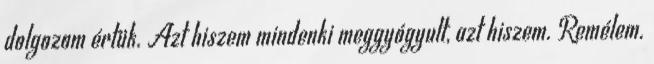
dolgozom értük. Azt hiszem mindenki meggyógyult, azt hiszem. Remélem.